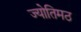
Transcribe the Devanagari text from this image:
ज्योतिमठ